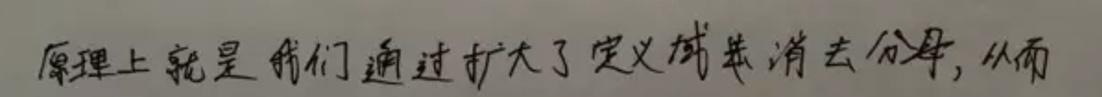
原理上就是我们通过扩大了定义域来消去分母, 从而